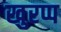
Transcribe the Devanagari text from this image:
खुरप्प